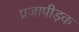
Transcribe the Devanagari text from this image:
प्रजापीड़क